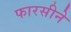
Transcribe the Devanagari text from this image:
फारसीने